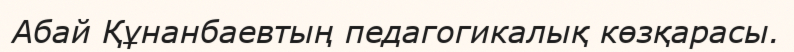
Абай Құнанбаевтың педагогикалық көзқарасы.